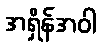
အရှိန်အဝါ